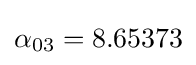
\alpha _{03}=8.65373